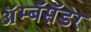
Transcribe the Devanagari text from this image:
ॲम्बॅसॅडर